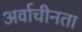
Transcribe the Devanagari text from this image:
अर्वाचीनता